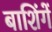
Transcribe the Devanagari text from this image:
बाशिंगें